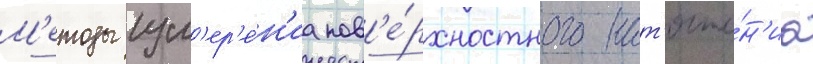
М'етоды изм'ер'е́н'иа пов'е́рхностного нат'яже́н'иа